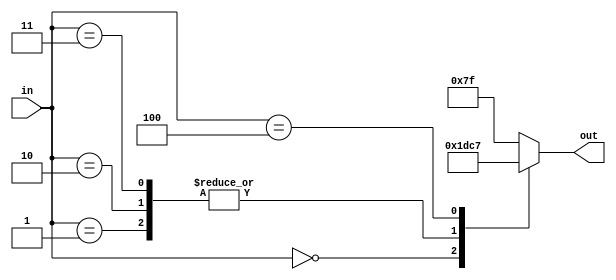
module char_p(out, in);
	output reg [6:0] out;
	input [2:0] in;
		always @ (*)
			begin
				case (in)
					0 : out = 7'b0000000;
					1 : out = 7'b0111011;
					2 : out = 7'b0111011;
					3 : out = 7'b0111011;
					4 : out = 7'b1000111;
					default : out = 7'b1111111;
				endcase
			end
endmodule